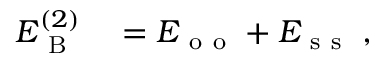
\begin{array} { r l } { E _ { \mathrm { ~ B ~ } } ^ { ( 2 ) } } & { { } = E _ { \mathrm { ~ o ~ o ~ } } + E _ { \mathrm { ~ s ~ s ~ } } \; , } \end{array}